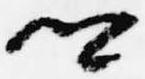
卿